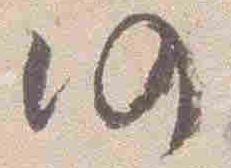
仍